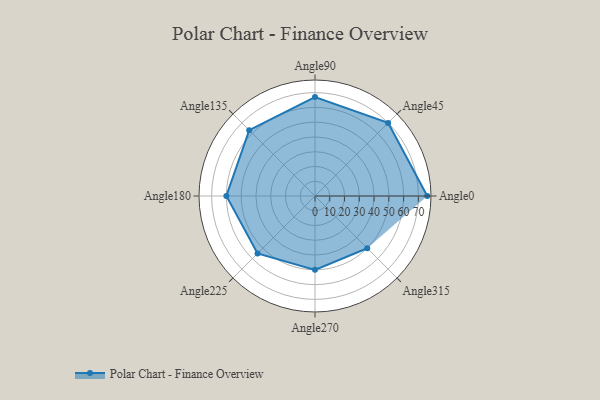
{"axis": {"x": "Angle", "y": "Radius"}, "legend": [""], "data": [{"x": "Angle0", "y": 76.0, "type": ""}, {"x": "Angle45", "y": 70.0, "type": ""}, {"x": "Angle90", "y": 67.0, "type": ""}, {"x": "Angle135", "y": 63.0, "type": ""}, {"x": "Angle180", "y": 60.0, "type": ""}, {"x": "Angle225", "y": 55.0, "type": ""}, {"x": "Angle270", "y": 50, "type": ""}, {"x": "Angle315", "y": 50, "type": ""}]}